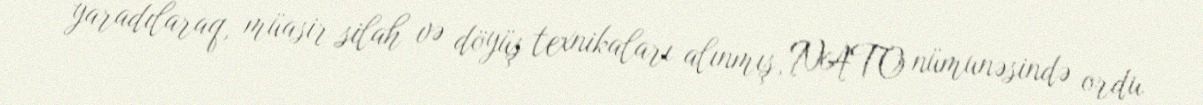
yaradılaraq, müasir silah və döyüş texnikaları alınmış, NATO nümunəsində ordu